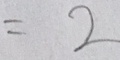
= 2